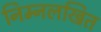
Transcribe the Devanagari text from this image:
निम्नलखित